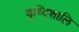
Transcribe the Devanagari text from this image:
बुध्दिशालि